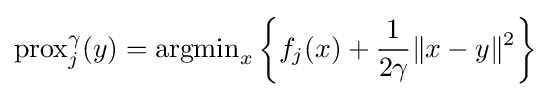
{\text{prox}}_{j}^{\gamma }(y)={\text{argmin}}_{x}\left\{f_{j}(x)+{\frac {1}{2\gamma }}\|x-y\|^{2}\right\}